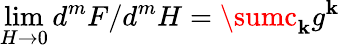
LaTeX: \operatorname*{lim}_{H\rightarrow0}d^{m}F/d^{m}H=\sumc_{\mathbf{k}}g^{\mathbf{k}}